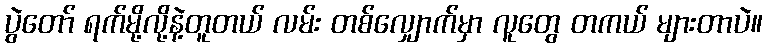
ပွဲတော် ရက်မို့လို့နဲ့တူတယ် လမ်း တစ်လျှောက်မှာ လူတွေ တကယ် များတာပဲ။